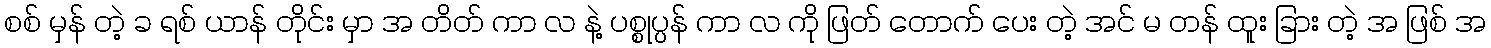
စစ် မှန် တဲ့ ခ ရစ် ယာန် တိုင်း မှာ အ တိတ် ကာ လ နဲ့ ပစ္စုပ္ပန် ကာ လ ကို ဖြတ် တောက် ပေး တဲ့ အင် မ တန် ထူး ခြား တဲ့ အ ဖြစ် အ